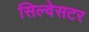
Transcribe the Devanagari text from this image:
सिल्वेसटर